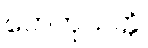
ဟေတုသတ္တိ